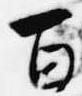
百